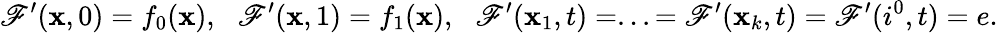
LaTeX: \mathscr{F}^{\prime}(\mathbf{x},0)=f_{0}(\mathbf{x}),\: \: \: \mathscr{F}^{\prime}(\mathbf{x},1)=f_{1}(\mathbf{x}),\: \: \: \mathscr{F}^{\prime}(\mathbf{x}_{1},t)=...=\mathscr{F}^{\prime}(\mathbf{x}_{k},t)=\mathscr{F}^{\prime}(i^{0},t)=e.